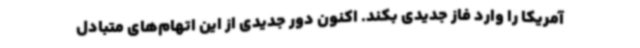
آمریکا را وارد فاز جدیدی بکند. اکنون دور جدیدی از این اتهام‌های متبادل